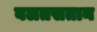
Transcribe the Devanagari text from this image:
बलतसतान